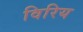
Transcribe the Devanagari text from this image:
विरिय